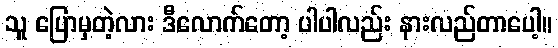
သူ ပြောမှတဲ့လား ဒီလောက်တော့ ပါပါလည်း နားလည်တာပေါ့။